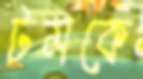
টমকে